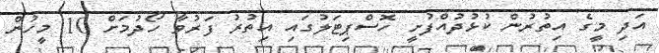
އަދި މީގެ އިތުރުން ކުޅުދުއްފުށީ ހޮސްޕިޓަލުގައި އިތުރު ފަރުވާ ހޯދުމަށް 10 މީހުން